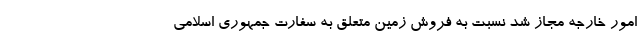
امور خارجه مجاز شد نسبت به فروش زمین متعلق به سفارت جمهوری اسلامی